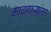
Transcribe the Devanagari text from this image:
काढणाऱ्यांना